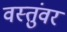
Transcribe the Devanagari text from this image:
वस्तुंवर